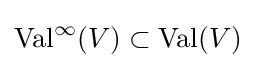
\operatorname {Val} ^{\infty }(V)\subset \operatorname {Val} (V)